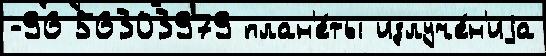
-96 56303979 план'е́ты излуче́н'иjа